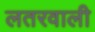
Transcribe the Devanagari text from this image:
लतरवाली